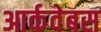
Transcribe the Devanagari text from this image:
आर्कवेबस